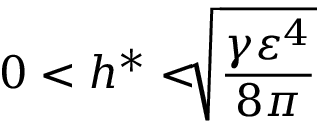
0 < h ^ { \ast } < \sqrt [ ] { \frac { \gamma \varepsilon ^ { 4 } } { 8 \pi } }